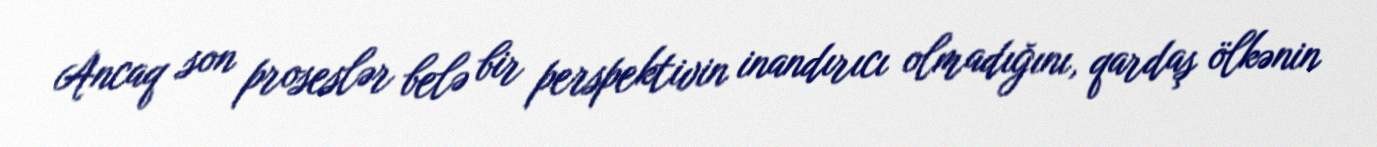
Ancaq son proseslər belə bir perspektivin inandırıcı olmadığını, qardaş ölkənin